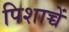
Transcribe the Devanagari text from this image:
पिशाच्चें